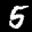
Label: 5